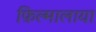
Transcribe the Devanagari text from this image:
फ़िल्मालाया